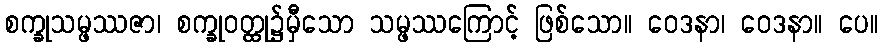
စက္ခုသမ္ဖဿဇာ၊ စက္ခုဝတ္ထု၌မှီသော သမ္ဖဿကြောင့် ဖြစ်သော။ ဝေဒနာ၊ ဝေဒနာ။ ပေ။